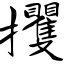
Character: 攫